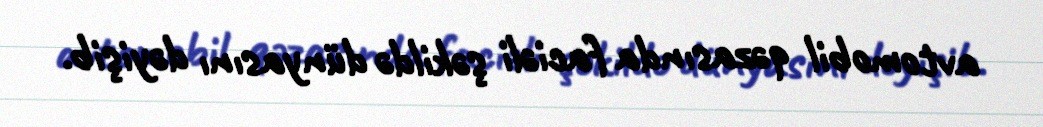
avtomobil qəzasında faciəli şəkildə dünyasını dəyişib.